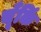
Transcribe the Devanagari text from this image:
चूँकिं